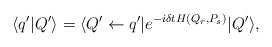
\begin{align*}\langle q'|Q'\rangle = \langle Q' \leftarrow q'|e^{-i\delta t H(Q_r,P_s)}|Q'\rangle,\end{align*}